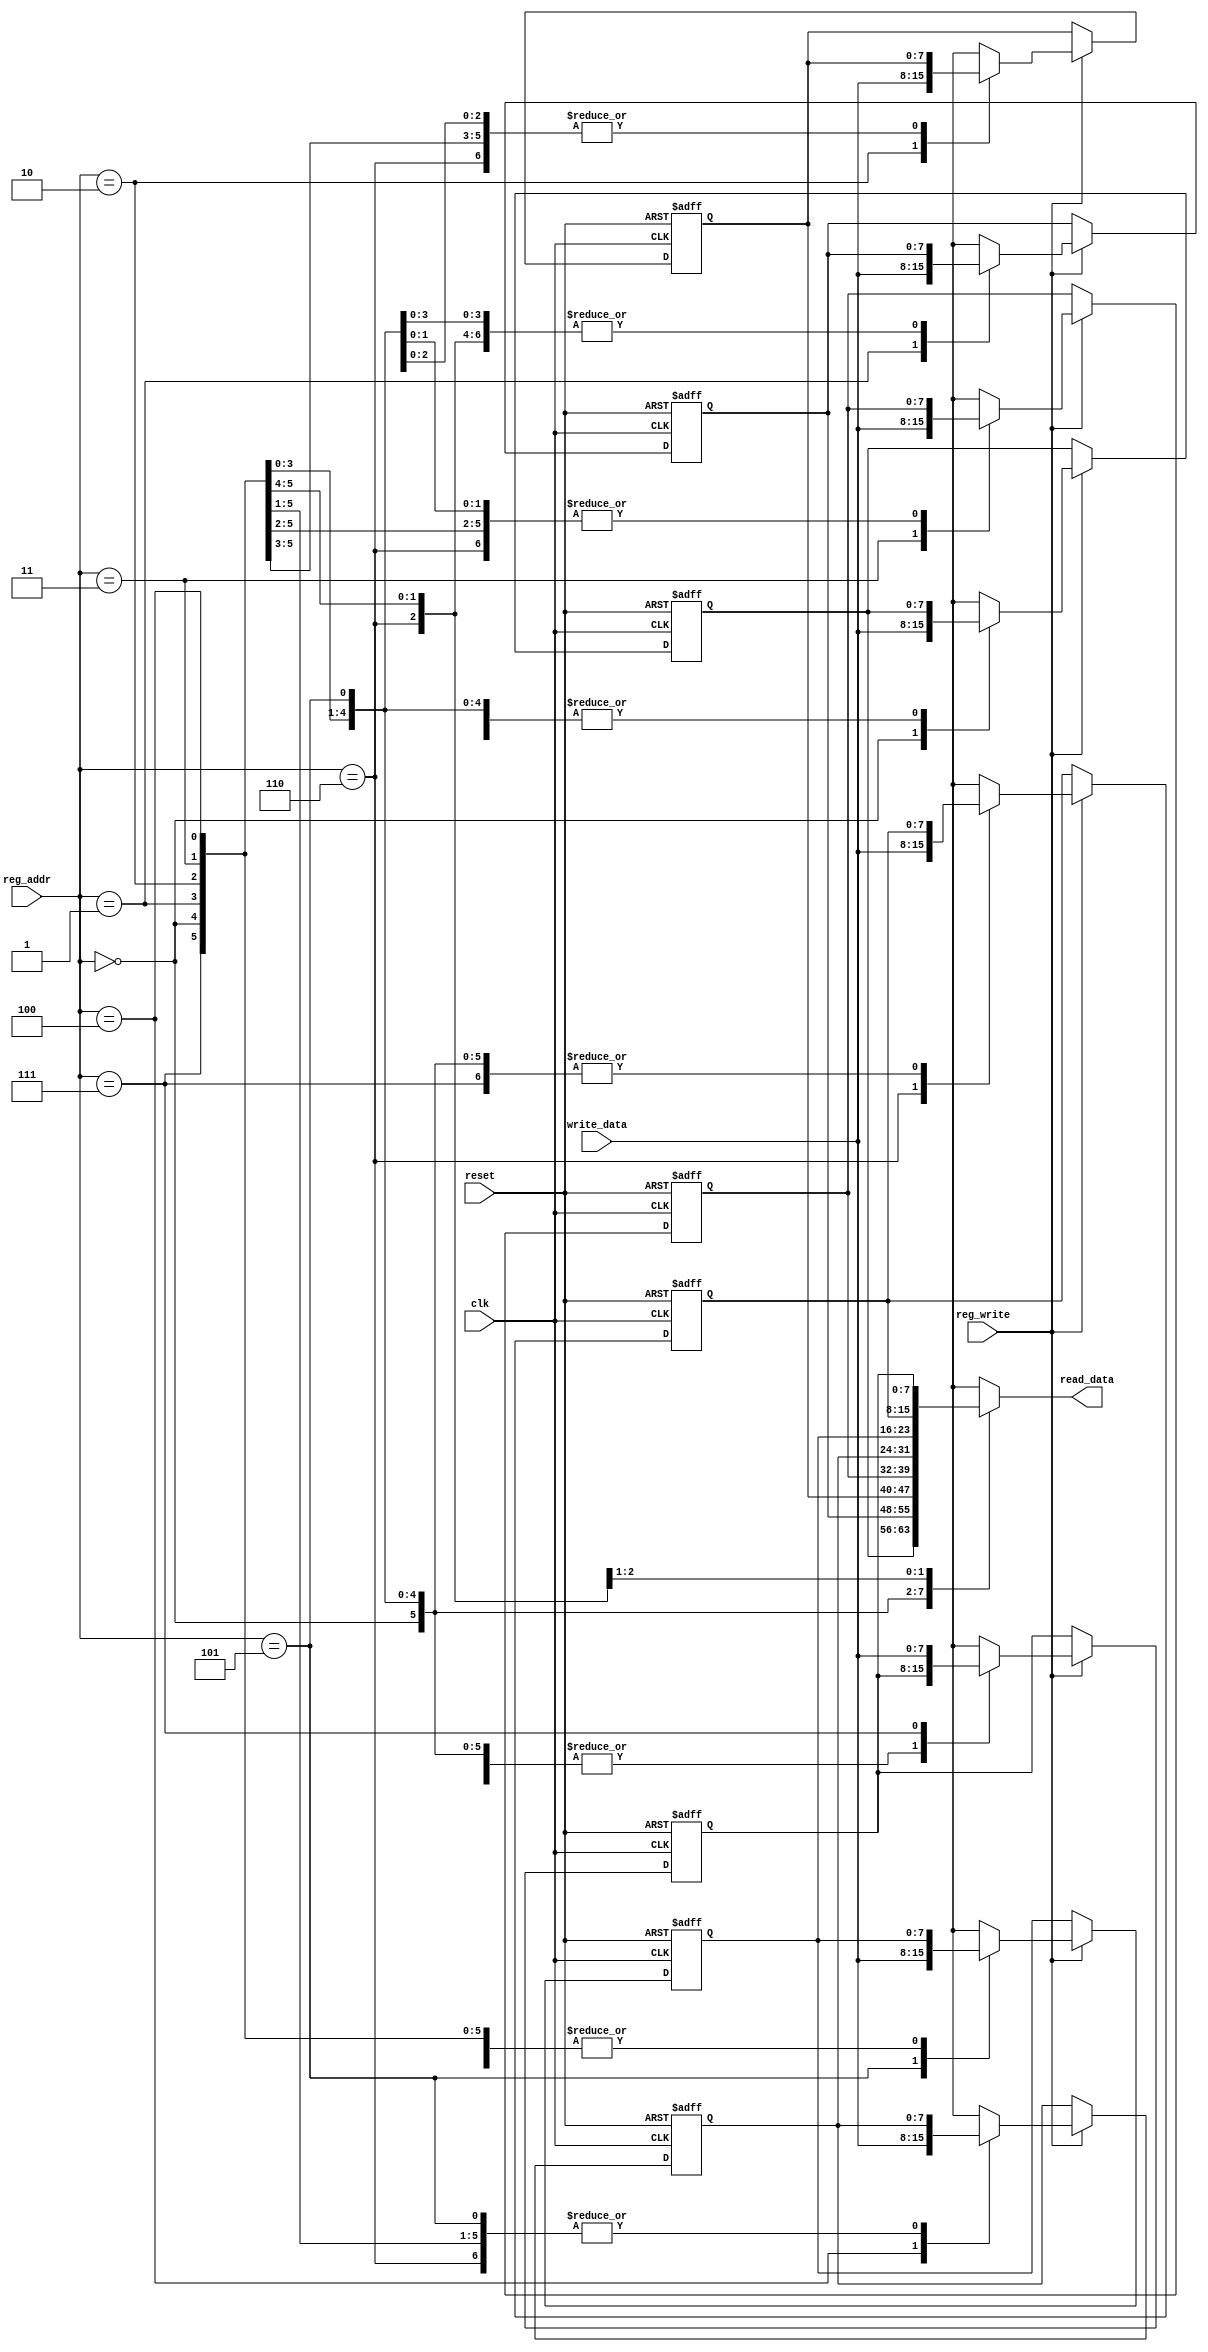
module reg_file(
    input clk,
    input reset,
	 input reg_write,
    input [2:0] reg_addr,
    input [7:0] write_data,
    output [7:0] read_data
    );
assign read_data = regfile[reg_addr];
reg [7:0] regfile [7:0];
always@(posedge clk , negedge reset)
	begin
		if(reset ==0)
			begin
				regfile[0]= 8'b0;
				regfile[1]= 8'b1;
				regfile[2]= 8'b10;
				regfile[3]= 8'b11;
				regfile[4]= 8'b100;
				regfile[5]= 8'b101;
				regfile[6]= 8'b110;
				regfile[7]= 8'b111;
			end
		else 
			begin
				if(reg_write == 1)
					regfile[reg_addr] = write_data;
			end
	end
endmodule